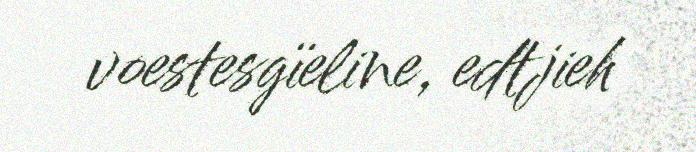
voestesgïeline, edtjieh